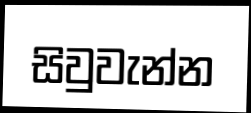
සිවුවැන්න